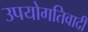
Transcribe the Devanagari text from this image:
उपयोगतिवादी